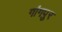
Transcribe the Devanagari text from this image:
गांगपुर